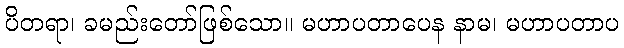
ပိတရာ၊ ခမည်းတော်ဖြစ်သော။ မဟာပတာပေန နာမ၊ မဟာပတာပ